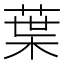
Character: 葉